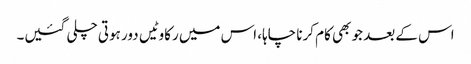
اس کے بعد جو بھی کام کرنا چاہا، اس میں رکاوٹیں دور ہوتی چلی گئیں۔